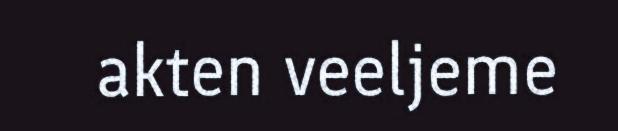
akten veeljeme